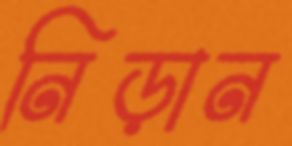
নিড়ান